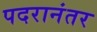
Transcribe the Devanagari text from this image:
पदरानंतर